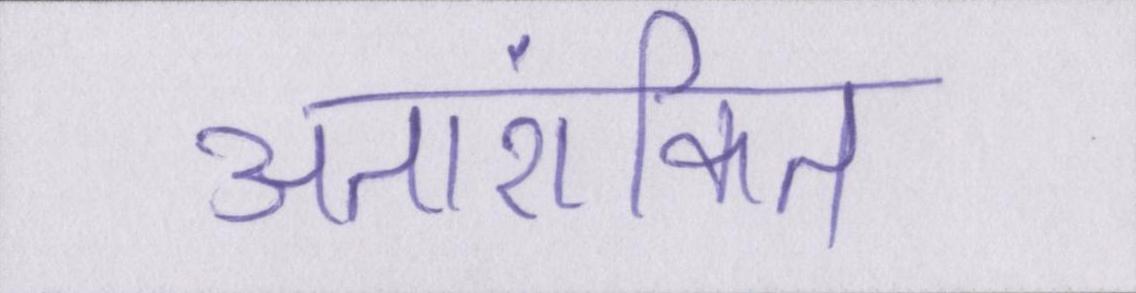
अतारांकित